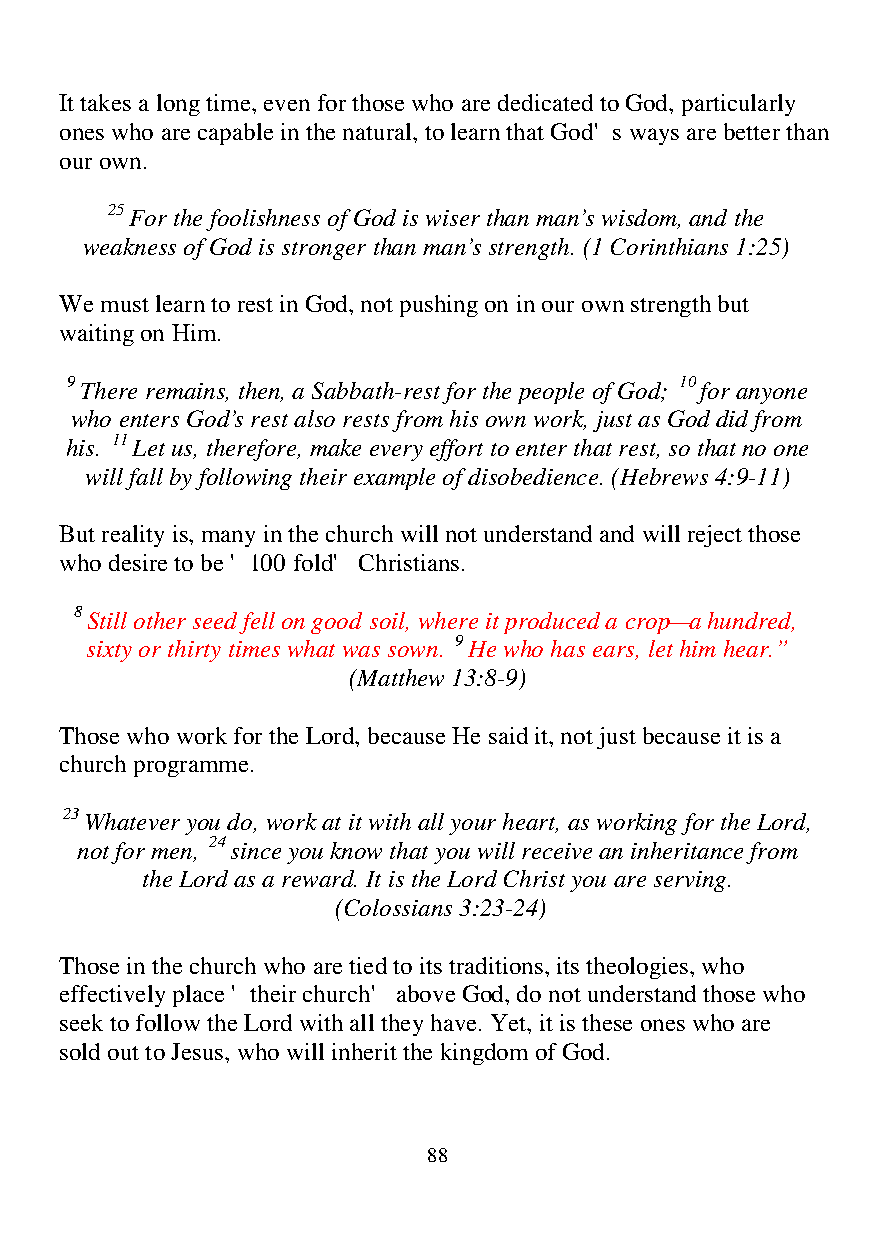
It takes a long time, even for those who are dedicated to God, particularly
 ones who are capable in the natural, to learn that God's ways are better than
 our own.
 25 For the foolishness of God is wiser than man’s wisdom, and the
 weakness of God is stronger than man’s strength. (1 Corinthians 1:25)
 We must learn to rest in God, not pushing on in our own strength but
 waiting on Him.
 9 There remains, then, a Sabbath-rest for the people of God; 10 for anyone
 who enters God’s rest also rests from his own work, just as God did from
 his. 11 Let us, therefore, make every effort to enter that rest, so that no one
 will fall by following their example of disobedience. (Hebrews 4:9-11)
 But reality is, many in the church will not understand and will reject those
 who desire to be '100 fold' Christians.
 8 Still other seed fell on good soil, where it produced a crop—a hundred,
 sixty or thirty times what was sown. 9 He who has ears, let him hear.”
 (Matthew 13:8-9)
 Those who work for the Lord, because He said it, not just because it is a
 church programme.
 23 Whatever you do, work at it with all your heart, as working for the Lord,
 not for men, 24 since you know that you will receive an inheritance from
 the Lord as a reward. It is the Lord Christ you are serving.
 (Colossians 3:23-24)
 Those in the church who are tied to its traditions, its theologies, who
 effectively place 'their church' above God, do not understand those who
 seek to follow the Lord with all they have. Yet, it is these ones who are
 sold out to Jesus, who will inherit the kingdom of God.
 88